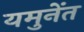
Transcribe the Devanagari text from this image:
यमुनेंत